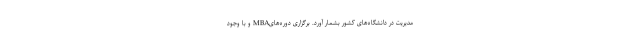
مدیریت در دانشگاه‌های کشور بشمار آورد. برگزاری دوره‌هایMBA و با وجود